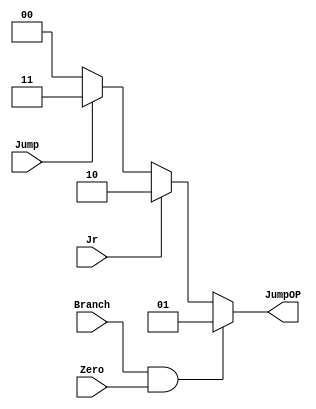
// Jump_Ctrl

module Jump_Ctrl( Zero,
                  JumpOP,
				  // write your code in here
				  Branch,
                  Jr,
                  Jump
				  );

    input Zero;
	output [1:0] JumpOP;
	// write your code in here
	input Branch, Jr, Jump;
    reg [1:0] JumpOP;
    parameter   JUMP_TO_PCOUT_PLUS4 = 0,
                JUMP_TO_BRANCH      = 1,
                JUMP_TO_JR          = 2,
                JUMP_TO_JUMP        = 3;
    always@(*)
    begin
        if(Branch == 1 && Zero == 1)
        begin
            //$display("JUMP_TO_BRANCH");
            JumpOP = JUMP_TO_BRANCH;
        end
        else if(Jr == 1)
        begin
            //$display("JUMP_TO_JR");
            JumpOP = JUMP_TO_JR;
        end
        else if(Jump == 1)
        begin
            //$display("JUMP_TO_JUMP");
            JumpOP = JUMP_TO_JUMP;
        end
        else
        begin
            //$display("JUMP_TO_PCOUT_PLUS4");
            JumpOP = JUMP_TO_PCOUT_PLUS4;
        end
    end
endmodule